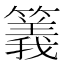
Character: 䉝